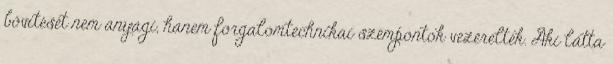
bővítését nem anyagi, hanem forgalomtechnikai szempontok vezérelték. Aki látta